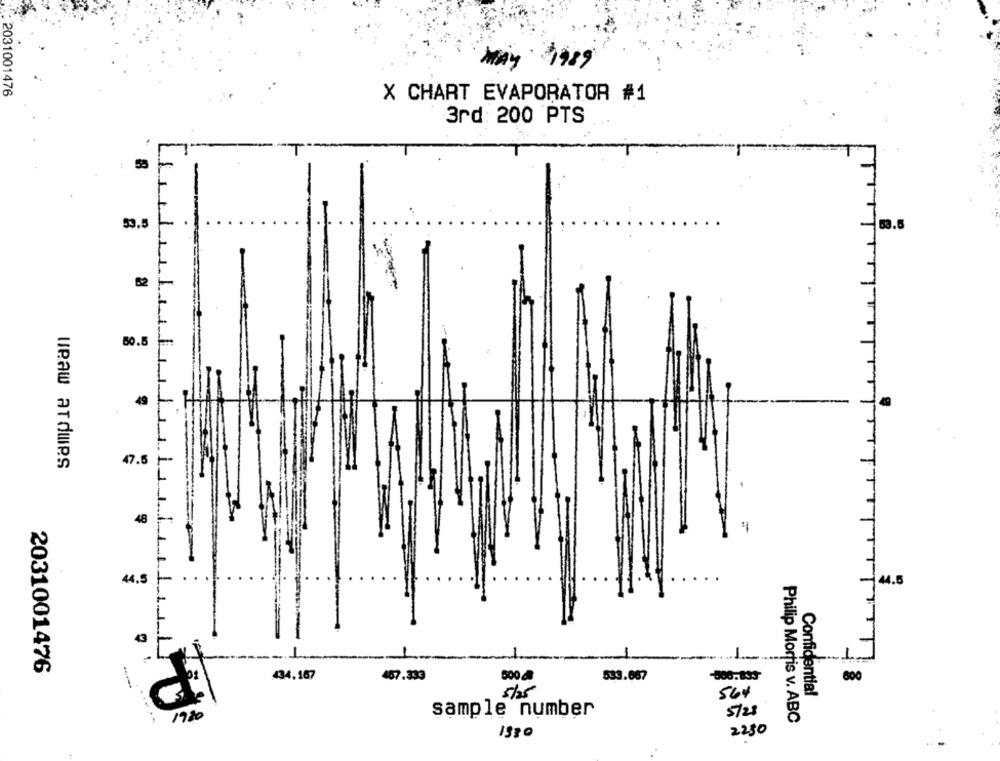
2031001476
X CHART EVAPORATOR #1
3rd 200 PTS
"T
53
53.5
53.6
62
50.5
49
veaw ATdues
47.5
48
44.5
44.5
-
2031001476
434,167
67.333
500 g
533.667
800.199
600
5/25
Confidential
564
1980
sample number
5721
Philip Morris v. ABC
2230
1980